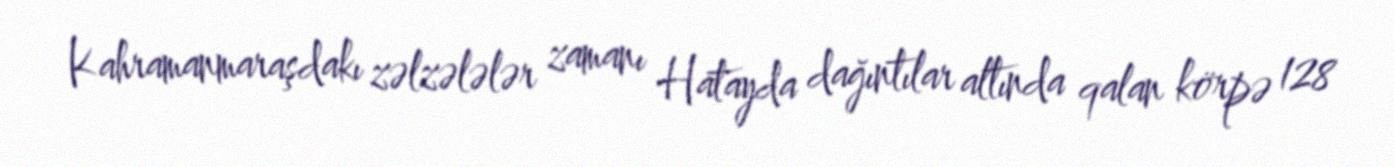
Kahramanmaraşdakı zəlzələlər zamanı Hatayda dağıntılar altında qalan körpə 128